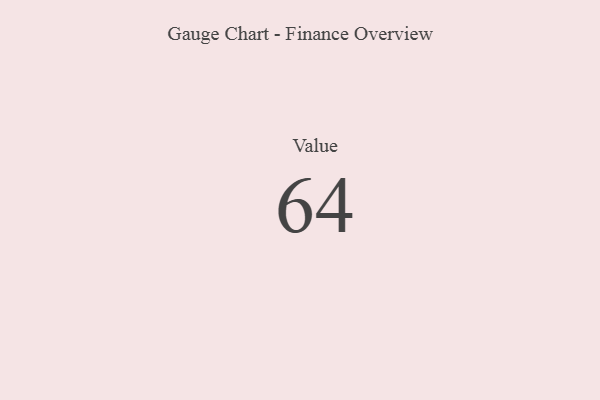
{"axis": {"x": "Metric", "y": "Value"}, "legend": [""], "data": [{"x": "Value", "y": 64, "type": ""}]}